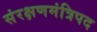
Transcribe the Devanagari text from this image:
संरक्षणमंत्रिपद